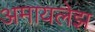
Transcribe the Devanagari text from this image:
अमायलेझ